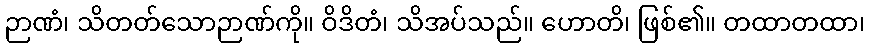
ဉာဏံ၊ သိတတ်သောဉာဏ်ကို။ ဝိဒိတံ၊ သိအပ်သည်။ ဟောတိ၊ ဖြစ်၏။ တထာတထာ၊